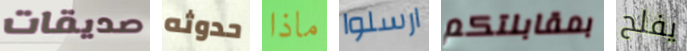
صديقات حدوثه ماذا ارسلوا بمقابلتكم يفلح